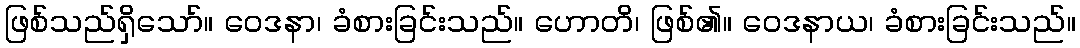
ဖြစ်သည်ရှိသော်။ ဝေဒနာ၊ ခံစားခြင်းသည်။ ဟောတိ၊ ဖြစ်၏။ ဝေဒနာယ၊ ခံစားခြင်းသည်။